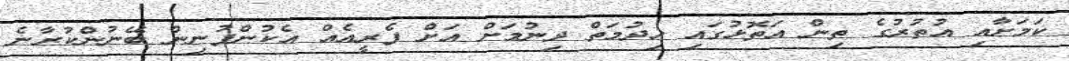
ކަމަށާއި އުތުރުގެ ތިން އަތޮޅުގައި ހިދުމަތް ދިނުމަށް އަށް ފެރީއެއް އެކުންފުނިން ބޭނުންކުރާނެ